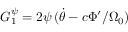
G _ { 1 } ^ { \psi } = 2 \psi \, ( \dot { \theta } - c \Phi ^ { \prime } / \Omega _ { 0 } )